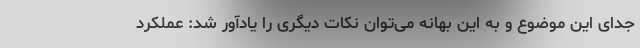
جدای این موضوع و به این بهانه می‌توان نکات دیگری را یادآور شد: عملکرد